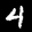
Label: 4